65_HS1-834228961_62-HQ-83894_Section_6
Agency: FBI
Page 250
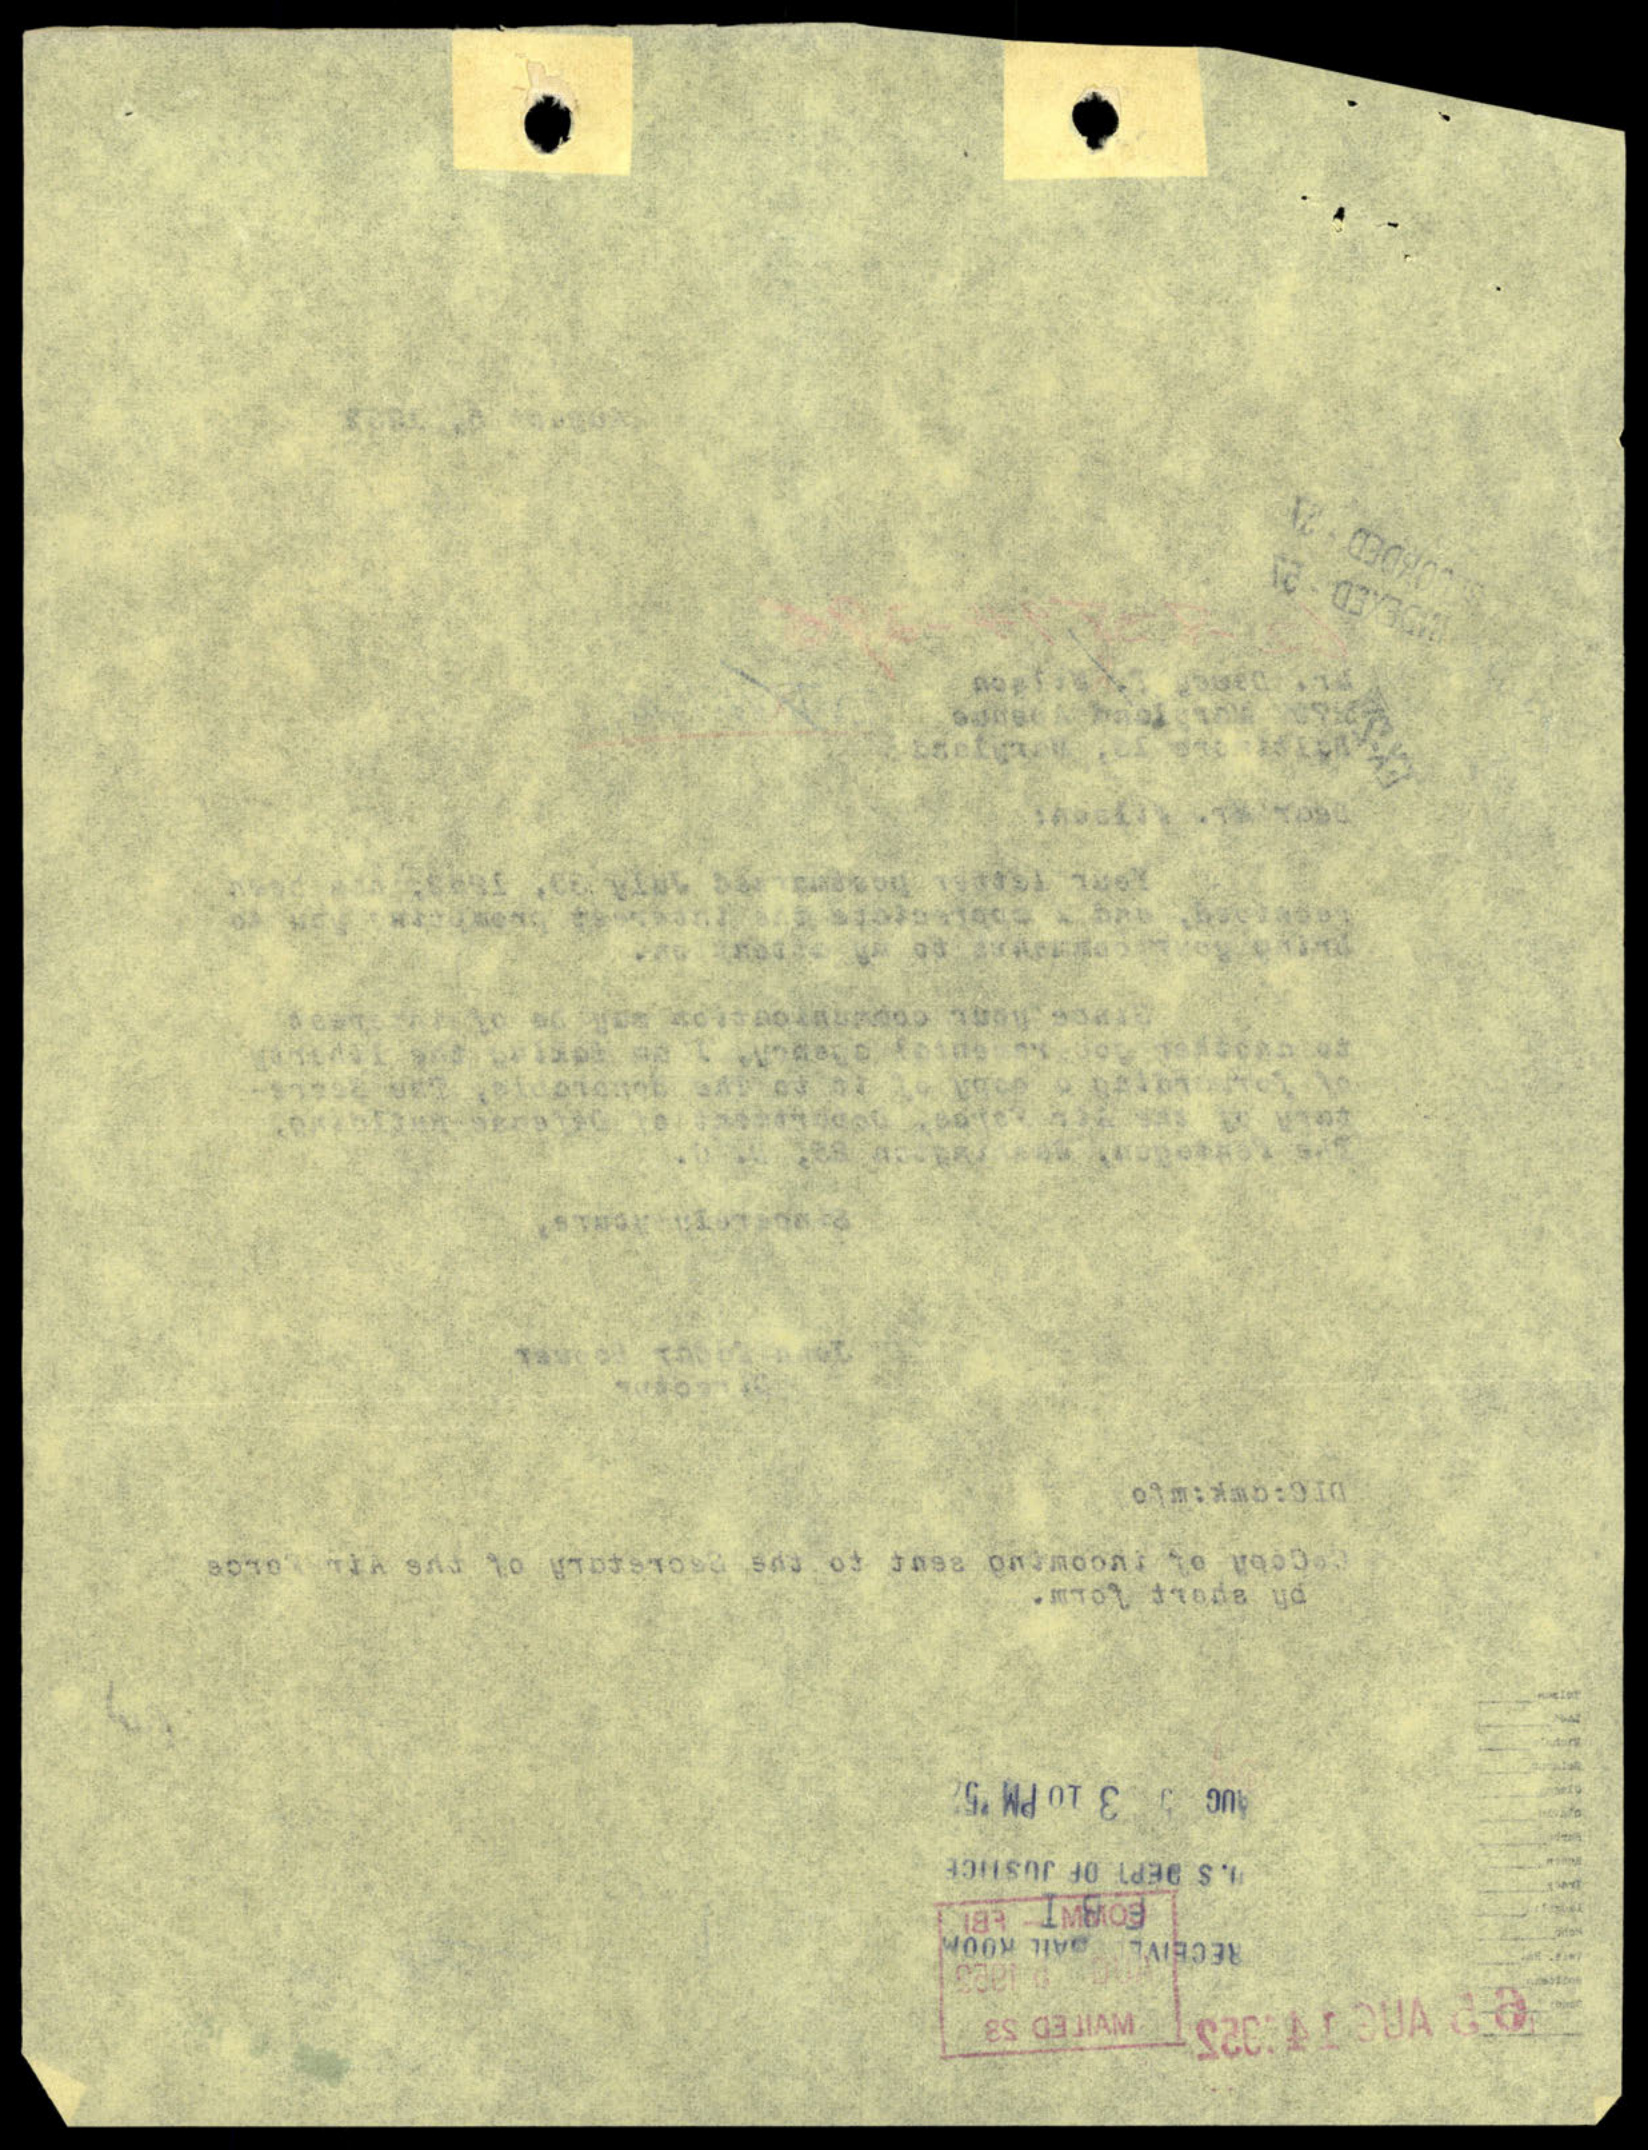